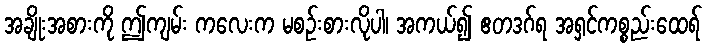
အချိုးအစားကို ဤကျမ်း ကလေးက မစဉ်းစားလိုပါ၊ အကယ်၍ ဧတဒဂ်ရ အရှင်ကစ္စည်းထေရ်